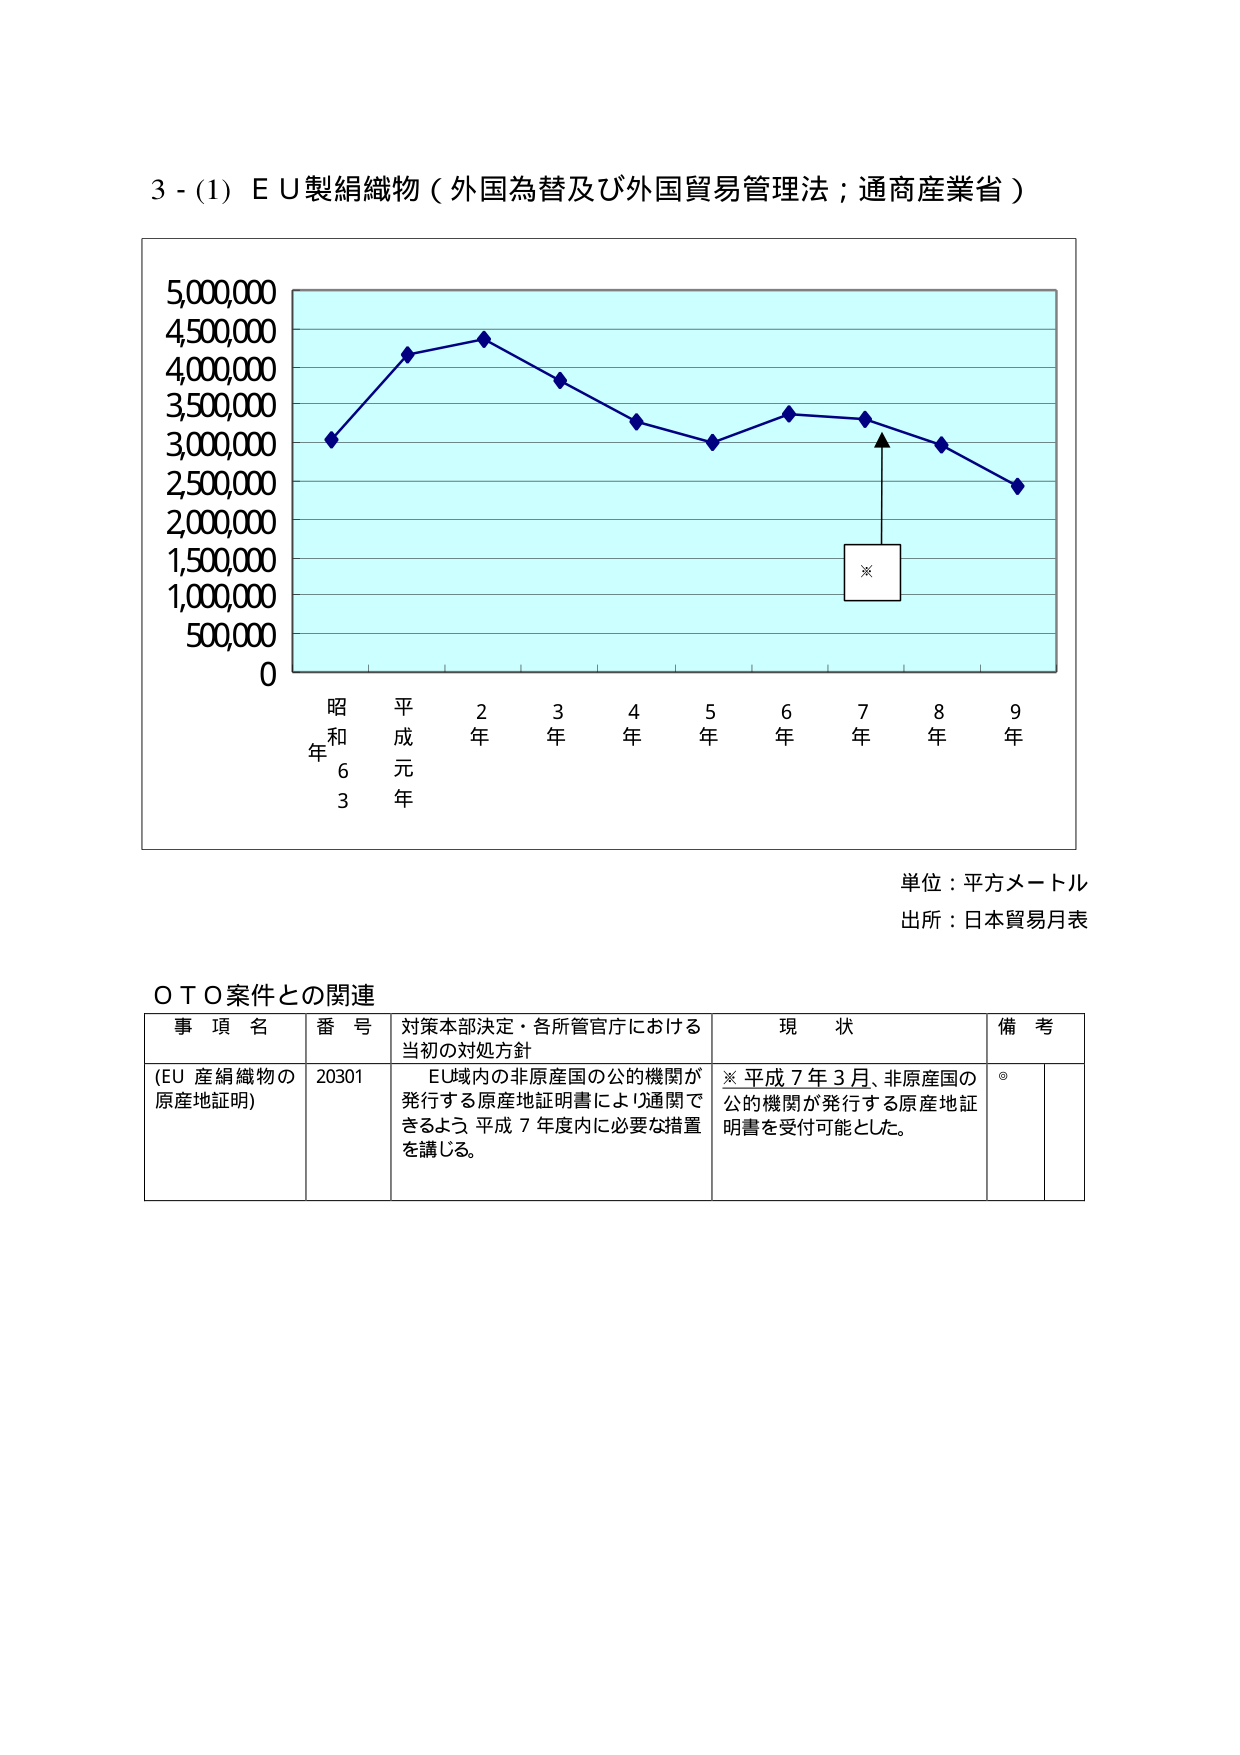
3 - (1) E U製絹織物（外国為替及び外国貿易管理法；通商産業省）

5,000,000
4,500,000
4,000,000
3,500,000
3,000,000
2,500,000
2,000,000
1,500,000
1,000,000
500,000
0

昭和6年
平成元年
2年
3年
4年
5年
6年
7年
8年
9年

※

単位：平方メートル
出所：日本貿易月表

ＯＴＯ案件との関連

事項名　　　　　番号　　　対策本部決定・各所管官庁における当初の対処方針　　　現状　　　備考
(EU産絹織物の原産地証明)　20301　　EU域内の非原産国の公的機関が発行する原産地証明書により通関できるよう、平成7年度内に必要な措置を講じる。　※平成7年3月、非原産国の公的機関が発行する原産地証明書を受付可能とした。　◎